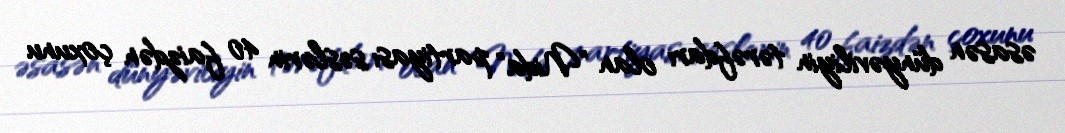
əsasən dünyəviliyin tərəfdarı olan "Nida" partiyası səslərin 40 faizdən çoxunu